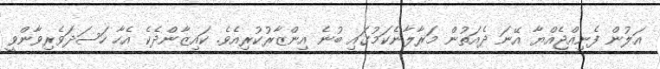
އަލުން ފެނިއްޖެއްޔާ އޭނަ ދެއަތުން މަރާލާނެކަމުގައި ބުނެ އިންޒާރުކުރިއެވެ. ކައިޒާންދެކެ އެހާ ހަސަދަވެރިވާންވީ